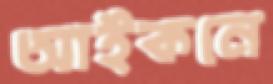
আইকনে